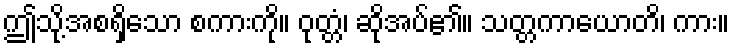
ဤသို့အစရှိသော စကားကို။ ဝုတ္တံ၊ ဆိုအပ်၏။ သတ္တကာယောတိ၊ ကား။